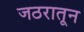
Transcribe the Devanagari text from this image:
जठरातून